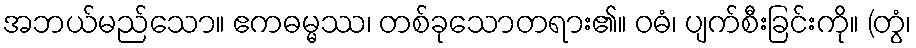
အဘယ်မည်သော။ ဧကဓမ္မဿ၊ တစ်ခုသောတရား၏။ ဝဓံ၊ ပျက်စီးခြင်းကို။ (တွံ၊